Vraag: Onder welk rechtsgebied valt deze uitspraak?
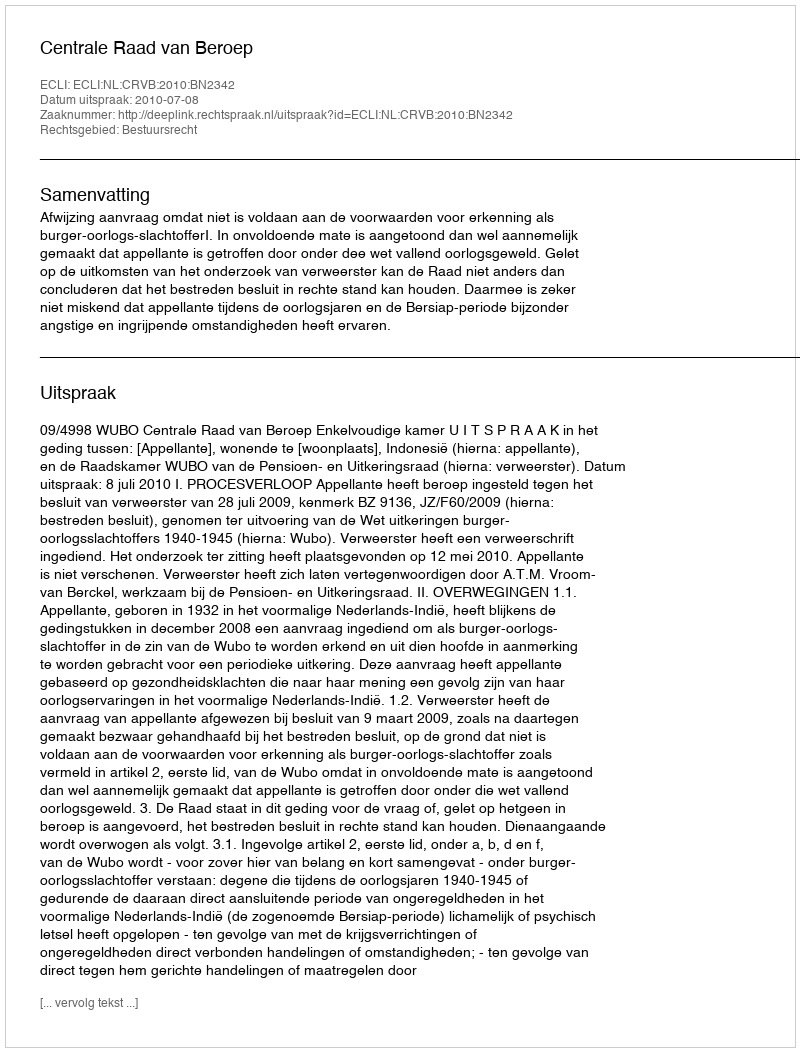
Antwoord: Bestuursrecht